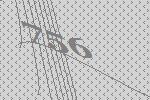
756